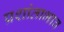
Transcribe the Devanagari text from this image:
प्रशांताभाव